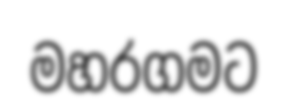
මහරගමට